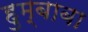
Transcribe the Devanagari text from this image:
हुम्बाबा